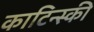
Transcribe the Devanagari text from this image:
काटिन्स्की